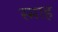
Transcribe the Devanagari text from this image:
स्माह